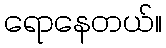
ရောနေတယ်။